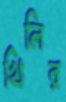
খিলির